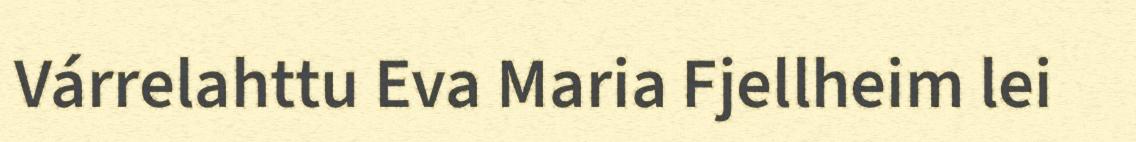
Várrelahttu Eva Maria Fjellheim lei